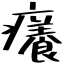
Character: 癢